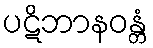
ပဋိဘာနဝန္တံ